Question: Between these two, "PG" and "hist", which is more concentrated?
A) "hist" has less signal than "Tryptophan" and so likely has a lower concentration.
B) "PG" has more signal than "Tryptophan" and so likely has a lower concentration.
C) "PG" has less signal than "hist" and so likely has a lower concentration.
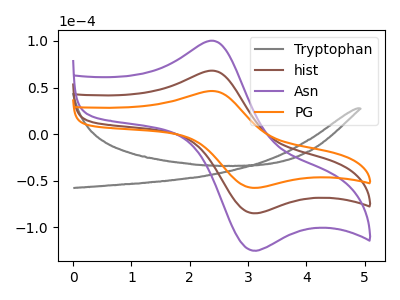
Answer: <think>The gray curve "Tryptophan" has no peaks. The brown curve "hist" has an anodic peak at (2.35V, 68.15uA) and a cathodic peak at (3.05V, -84.45uA). The purple curve "Asn" has an anodic peak at (2.35V, 136.30uA) and a cathodic peak at (3.05V, -168.90uA). The orange curve "PG" has an anodic peak at (2.35V, 46.30uA) and a cathodic peak at (3.05V, -57.35uA).
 All the peaks in "PG" have a peak in "hist" at the same potential. Every peak in "PG" is lower than every peak in "hist".</think>
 <answer>C) "PG" has less signal than "hist" and so likely has a lower concentration.</answer>
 <eval>C</eval>